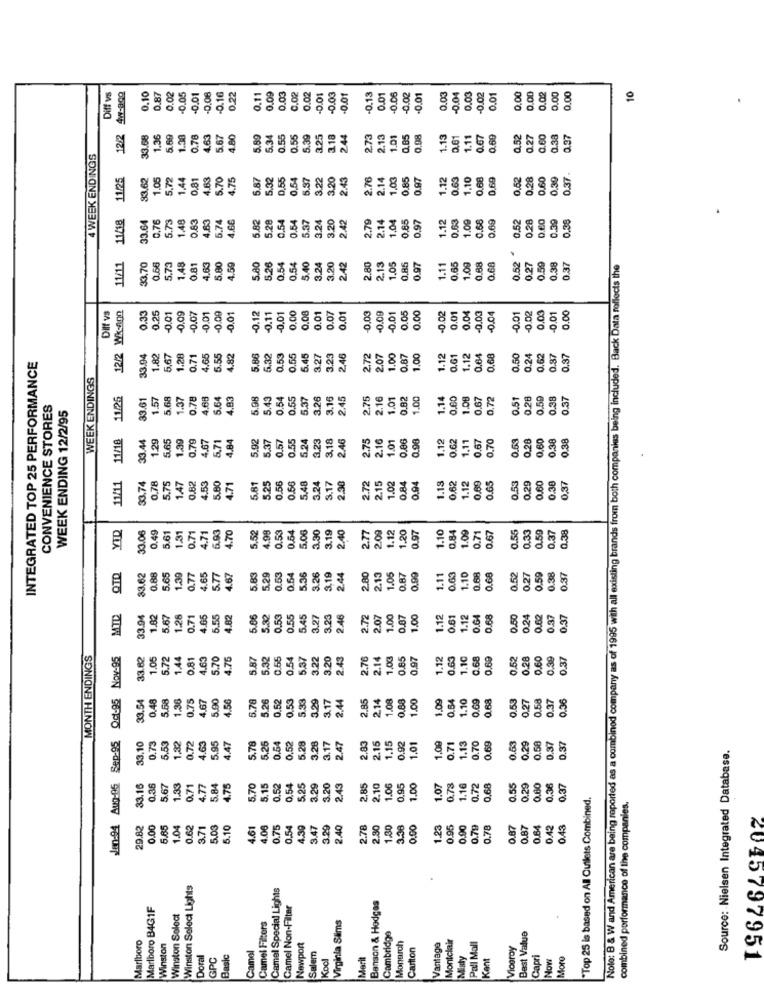
0.03
0.00
Diff vs
12/2 4-89Q
0.10
0.87
0.02
-0.05
-0.01
0.16
0.22
0.11
0.09
0.02
0.02
-0.01
-0.03
-0.01
0.13
0.01
0.06
0.02
-0.01
0.03
-0.04
0.03
-0.02
0.01
0.00
0.02
0.00
0.00
10
12/2
1.36
5.69
1.30
0.78
4.63
5.67
4.80
5.89
5.34
0.55
0.55
5.39
3.25
3.18
2.44
2.73
2.13
1.01
0.85
0.08
1.13
0.61
1.11
0.67
0.69
2.52
0.27
0.60
0.38
0.37
4 WEEK ENDINGS
11/25
1.05
5,72
1.44
0,81
4.63
5.70
4.75
5.87
5.32
0.55
0.54
6.37
3.22
3.20
2.43
2.76
2.14
1.03
0.85
0.97
1.12
0.63
1.10
0.68
0,69
0.52
0.28
0.60
0.39
0.37.
11/18
33.64
0.76
1.48
.63
4.63
5.74
5.82
5.28
0.54
0.54
5.37
3.24
3.20
2.42
2.79
2.14
0.97
1.12
0.63
1.09
0.68
0.69
0.52
0.28
0.39
0.36
5.73
4.66
1,04
11/11
1.09
0.68
33,70
0.66
5.73
1.48
0.81
4.63
5.80
4.59
5.80
5.26
0.54
0.54
5.40
3.24
3.20
2.42
2.80
2.13
1.05
0,85
0.97
1.11
0.65
0.68
0.52
0.27
0.59
0.38
0.37
Note: B & W and American are being reported as a combined company as of 1995 with all existing brands from both companies being included. Back Data rollects the
12/2 Wk-400
0.00
0.08
0.01
-0.02
0.01
0.04
-0.03
0.03
Dit VS
0.33
0.25
0.01
-0.09
0.07
0.01
-0,09
-0.01
-0.12
-0.11
-0,01
0.01
0.07
-0.03
-0.09
-0.01
0.05
0.00
-0,04
0.01
0.02
-0.01
0.00
33.94
1.82
5,67
1.28
0.71
4,65
5.55
4.82
5.86
5.32
0.53
0.55
5.45
3.27
3.23
2.46
2.72
2.07
1.00
0.87
1.00
1.12
0.61
1.12
0.64
0.68
0,50
0.24
0.62
0.87
0.37
INTEGRATED TOP 25 PERFORMANCE
WEEK ENDINGS
11/25
1.37
0.78
4.68
5.64
4.83
5.98
5.43
0.54
0.55
5.37
3.26
3.16
2.45
2.75
2.16
1.01
0.82
1.00
1.14
0.00
1.08
0.67
0,72
0.51
0.28
0.59
0.38
0.37
CONVENIENCE STORES
WEEK ENDING 12/2/95
1.5
11/18
1.29
5.65
1.39
0.79
4.67
5.71
4.84
5.92
5.37
0.57
0.55
5.24
3.23
3.18
2.46
2.75
2.16
1.01
0.86
0.98
1.12
0.62
1.11
0.67
0.70
0.53
0.28
0.60
0.38
0.38
11/11
0.78
0.66
1.02
1.18
0.65
2.53
0.29
0,37
33.74
5.75
1.47
0.82
4.53
5.80
4.71
5.81
5.25
0.56
5.48
3.24
3.17
2.38
2.72
2.15
0.84
0.94
0.62
1.12
0.69
0.60
0.38
1.31
6.93
4.70
4.98
0.53
0.64
5.06
3.30
3.19
2.40
2.09
1.12
1.20
0.97
1.10
0.84
1.09
0.67
0.55
0.33
0.59
9.37
0.38
33.06
0.49
5.61
0.71
4.71
5,52
2.77
0.71
QTD
33.62
0.88
5.65
1.39
0.77
4.65
5.77
4.67
5.83
5.29
0.53
0.54
5.36
3.26
3,19
2.44
2.80
2.13
1.05
0.87
0.99
1.11
0.63
1.10
0.68
0.68
0.52
0.27
0.59
0.38
0.37
MTD
33.94
1.82
5.67
1.28
0.71
4.65
5.55
4.82
5.86
3.32
0.53
0.55
5.45
3.27
3.23
2.46
2.72
2.07
1.00
0.07
1.00
1.12
0.61
1.12
0.64
0.68
0.50
0.24
0.62
0.37
0.37
MONTH ENDINGS
Od-95 Nov-95
33.62
1.05
5.72
1.44
0.81
4.63
5.70
4.76
5.87
5.32
0.55
0.54
5.37
3.22
3.20
2.43
2.76
2.14
1,0%
0.85
0,97
1.12
0.63
1.10
0.68
0.69
0.52
0.28
0.60
0.39
0.37
0.48
5.58
1.36
1.67
5.90
4.56
0.52
0.53
5.33
3.29
2.44
1.08
0.88
1.00
1.09
0.64
1.10
0.69
68
0.53
0.27
0.58
0.37
0.36
33.54
0.75
5.78
5.26
3.17
2.85
214
Jen:94 Aug-05 Sep-95
1,32
0.58
0.73
5.53
0.72
1.63
5.95
4.47
5.78
5.26
0.54
0.52
5.28
3.28
3.17
2.47
2.83
2.15
1.15
0.92
1.01
1.09
0.71
1.13
0.70
0.69
0.29
0.37
0.37
Source: Nielsen Integrated Database.
33.16
0,36
5.67
1.33
0.71
4.77
5.84
4.75
5.70
5.15
0.52
0.54
5.25
3.29
3.20
2.43
2.85
2.10
1.06
0.95
1.00
1.07
0.78
1.16
0.72
0.68
0.55
0.29
0.80
0,36
0.37
"Top 25 is based on All Outlets Combined.
combined performance of the companies.
29.82
0.00
5.85
1.04
0.62
3.71
5.03
5.10
4.61
4.08
0.75
0,54
4.39
3.47
3.29
2.40
2.78
2.30
1.30
3.38
0.00
1.23
0.95
0.90
0.79
0.78
0.87
0.87
0.64
0.42
.43
Winston Select Lights
Camel Special Lights
Marlboro B4GIF
Camel Non-Filter
Banson & Hedges
Winston Select
Virginia Sims
Camel Filters
Marlboro
Cambridge
Monarch
Montclair
Best Value
Winston
Camel
Newport
Salem
Carton
Vantage
Pall Mall
Viceroy
Doral
GPC
Basic
Kool
Misty
Kent
Capri
How
More
2045797951